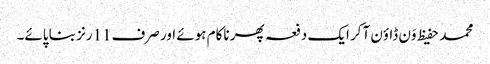
محمد حفیظ وَن ڈاؤن آکر ایک دفعہ پھر ناکام ہوئے اور صرف11رنز بنا پائے۔